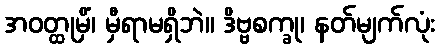
အဝတ္ထုမှိံ၊ မှီရာမရှိဘဲ။ ဒိဗ္ဗစက္ခု၊ နတ်မျက်လုံး